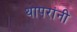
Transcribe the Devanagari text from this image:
थापरांनी